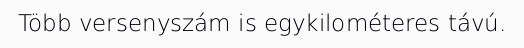
Több versenyszám is egykilométeres távú.